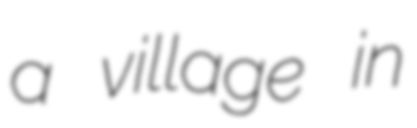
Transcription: a village in